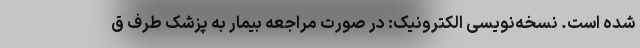
شده است. نسخه‌نویسی الکترونیک: در صورت مراجعه بیمار به پزشک طرف ق